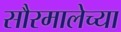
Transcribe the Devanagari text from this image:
सौरमालेच्या